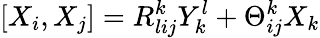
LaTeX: [X_{i},X_{j}]=R_{lij}^{k}Y_{k}^{l}+\Theta_{ij}^{k}X_{k}